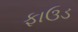
ફાઉડ